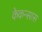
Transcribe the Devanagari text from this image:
केकन्सास